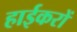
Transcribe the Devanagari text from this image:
हाईकरों